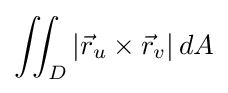
\iint _{D}\left\vert {\vec {r}}_{u}\times {\vec {r}}_{v}\right\vert dA